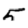
Digit: 5